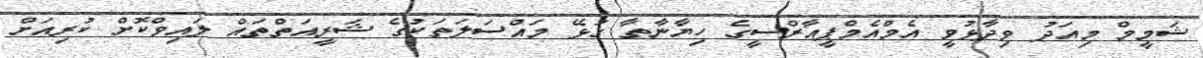
ޝަމީމް މިއަދު ވިދާޅުވީ އެމްއެމްޕީއާރްސީގެ ހިޔާނާތާ ގުޅޭ މައްސަލަތަކުގެ ޝަރީއަތްތައް ލައިވްކޮށް ކުރިއަށް